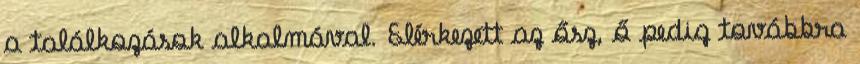
a találkozások alkalmával. Elérkezett az ősz, ő pedig továbbra